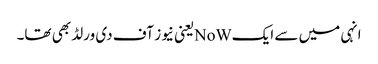
انہی میں سے ایکNoWیعنی نیوز آف دی ورلڈ بھی تھا۔